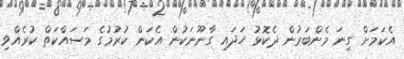
އެކަމަށް ގިނަ މެންބަރުން ދެކޮޅު ހަދައި ގާނޫނަކުން އެކަން ކުރުމުގެ މަސައްކަތް ކުރެއްވި